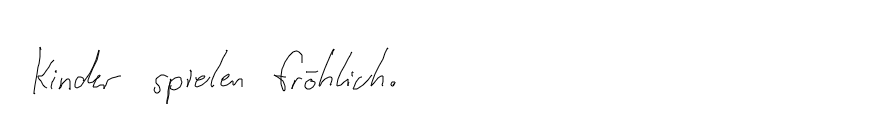
Kinder spielen fröhlich.